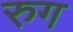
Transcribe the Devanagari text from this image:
रुग